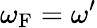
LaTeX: \omega_{\mathrm{{F}}}=\omega^{\prime}